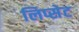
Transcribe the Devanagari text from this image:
लिप्सेट